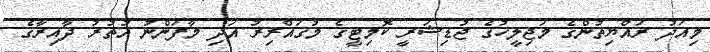
މިއަދު ރައްޔިތުންގެ މަޖިލީހުގެ ޖުޑިޝަރީ ކޮމިޓީގެ މުގައްރިރު އަދި މާފަންނު އުތުރު ދާއިރާގެ